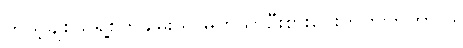
ကိုယ့်ချစ်သူရဲ့စိတ်ချမ်းသာမှုကိုသာဦးစားပေးတတ်ကြတာပါ။